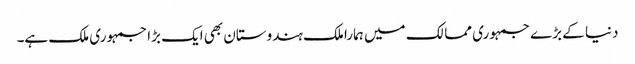
دنیا کے بڑے جمہوری ممالک میں ہمارا ملک ہندوستان بھی ایک بڑا جمہوری ملک ہے۔